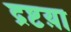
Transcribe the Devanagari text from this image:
द्रष्टय़ा